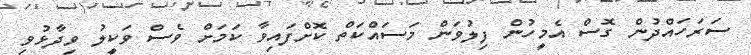
ސަރަހައްދުން ގޮސް އެމީހުން ފިލުވަން މަސައްކަތް ކޮށްފައިވާ ކަމަށް ވެސް ވަކީލު ވިދާޅުވި